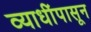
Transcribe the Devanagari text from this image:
व्याधींपासून